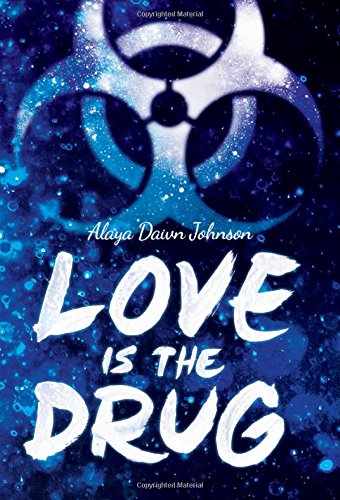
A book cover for Love Is the Drug; Alaya Dawn Johnson; Teen & Young Adult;